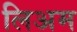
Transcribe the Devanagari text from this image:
लिअम